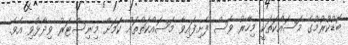
ބޮޑުކުރުމުގެ މަސައްކަތަކީ މިހާރު ވެސް ފެށިފައިވާ މަސައްކަތްތައް ކަމަށް މިނިސްޓަރު ވިދާޅުވި އެވެ.